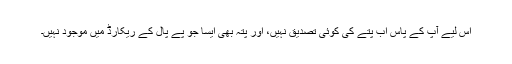
اس لیے آپ کے پاس اب پتے کی کوئی تصدیق نہیں، اور پتہ بھی ایسا جو پے پال کے ریکارڈ میں موجود نہیں۔